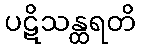
ပဋိသန္ထရတိ